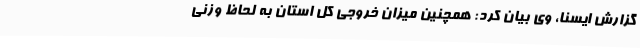
گزارش ایسنا، وی بیان کرد: همچنین میزان خروجی کل استان به لحاظ وزنی